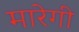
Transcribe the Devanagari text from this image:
मारेगी